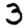
Digit: 3